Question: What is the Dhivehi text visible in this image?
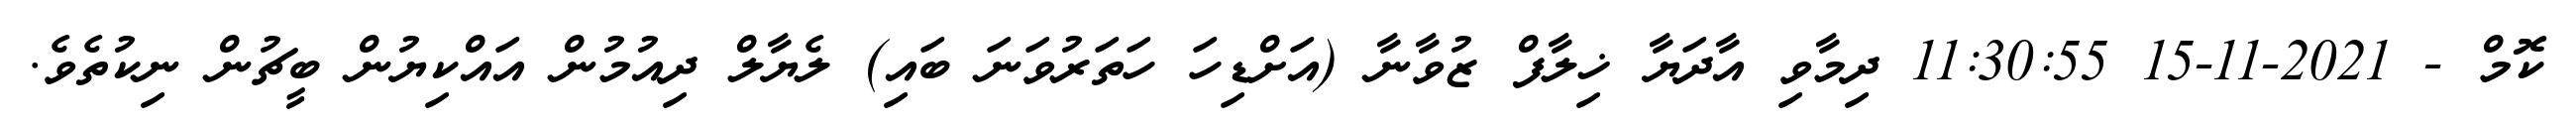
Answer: ކޮމް - 2021-11-15 11:30:55 ދިމާވި އާދަޔާ ޚިލާފް ޒުވާނާ (އަށްޑިހަ ހަތަރުވަނަ ބައި) ލެޔާލް ދިއުމުން އައްކިޔުން ބީޗުން ނިކުތެވެ.